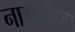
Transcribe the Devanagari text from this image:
नागालँडचा